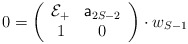
\begin{align*}0=\left(\begin{array}{cc}{\cal E}_{+} & {\sf a}_{2S-2}\\1 & 0\\\end{array}\right)\cdot w_{S-1}\end{align*}